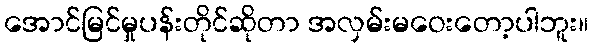
အောင်မြင်မှုပန်းတိုင်ဆိုတာ အလှမ်းမဝေးတော့ပါဘူး။